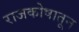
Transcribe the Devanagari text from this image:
राजकोषातून